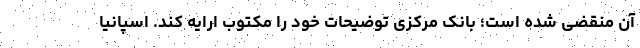
آن منقضی شده است؛ بانک مرکزی توضیحات خود را مکتوب ارایه کند. اسپانیا